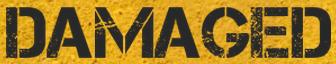
DAMAGED